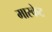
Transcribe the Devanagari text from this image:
मारकेट